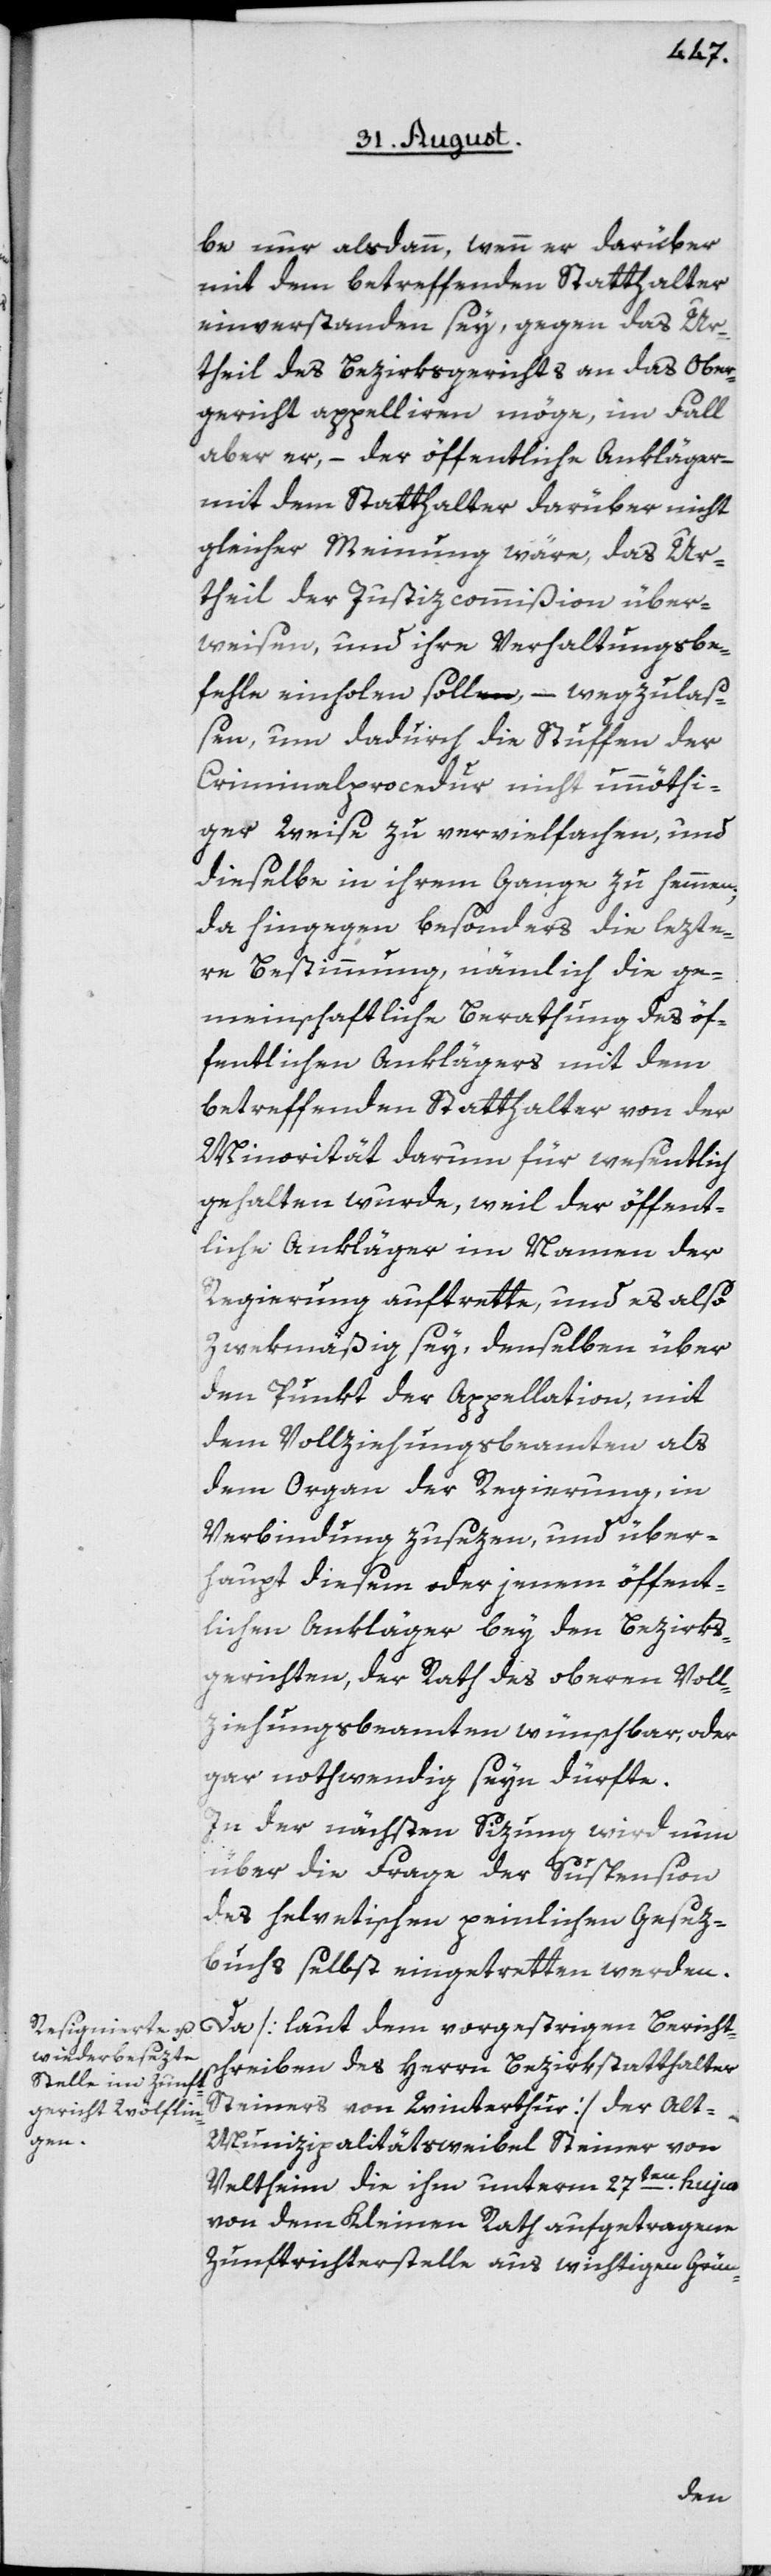
be nur alsdann, wenn er darüber
mit dem betreffenden Statthalter
einverstanden sey, gegen das Ur¬
theil des Bezirksgerichts an das Ober¬
gericht appelliren möge, im Fall
aber er, – der öffentliche Ankläger –
mit dem Statthalter darüber nicht
gleicher Meinung wäre, das Ur¬
theil der Justizcommißion über¬
weisen, und ihre Verhaltungsbe¬
fehle einholen soll, – wegzulaß¬
en, um dadurch die Stuffen der
Criminalprocedur nicht unnöthi¬
ger Weise zu vervielfachen, und
dieselbe in ihrem Gange zu hemmen;
da hingegen besonders die lezte¬
re Bestimmung, nämlich die ge¬
meinschaftliche Berathung des öf¬
fentlichen Anklägers mit dem
betreffenden Statthalter von der
Minorität darum für wesentlich
gehalten wurde, weil der öffent¬
liche Ankläger im Namen der
Regierung auftrette, und es also
zwekmäßig sey, denselben über
den Punkt der Appellation, mit
dem Vollziehungsbeamten als
dem Organ der Regierung, in
Verbindung zu sezen, und über¬
haupt diesem oder jenem öffent¬
lichen Ankläger bey den Bezirks¬
gerichten, der Rath des oberen Voll¬
ziehungsbeamten wünschbar, oder
gar nothwendig seyn dürfte.
In der nächsten Sizung wird nun
über die Frage der Suspension
des helvetischen peinlichen Gesez¬
buchs selbst eingetretten werden.
Da [laut dem vorgestrigen Bericht¬
schreiben des Herrn Bezirkstatthalter
Steiners von Winterthur] der Alt-M¬
unizipalitätsweibel Steiner von
Veltheim die ihm unterm 27ten hujus
von dem Kleinen Rath aufgetragene
Zunftrichterstelle aus wichtigen Grün-